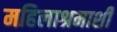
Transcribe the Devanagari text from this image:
महिलाश्रमाशी